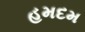
હમદમ